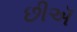
છીઍ